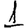
Digit: 1